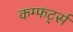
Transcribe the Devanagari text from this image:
कम्फर्ट्स